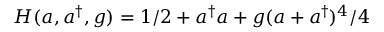
H ( a , a ^ { \dag } , g ) = 1 / 2 + a ^ { \dag } a + g ( a + a ^ { \dag } ) ^ { 4 } / 4